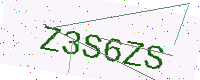
Text: Z3S6ZS